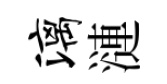
漓漣